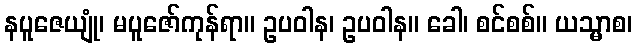
နပူဇေယျုံ၊ မပူဇော်ကုန်ရာ။ ဥပဝါန၊ ဥပဝါန။ ခေါ၊ စင်စစ်။ ယသ္မာစ၊